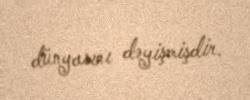
dünyasını dəyişmişdir.